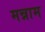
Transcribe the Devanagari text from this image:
मन्नाम